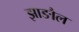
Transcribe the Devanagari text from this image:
झाङौल